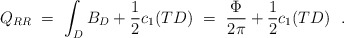
\begin{align*}Q_{RR} \ = \ \int_D B_D + \frac{1}{2} c_1(TD) \ =\ \frac{\Phi}{2\pi} + \frac{1}{2} c_1(TD)\ \ .\end{align*}